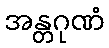
အန္တဂုဏံ